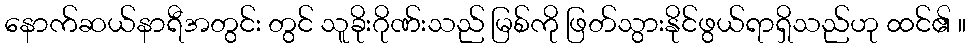
နောက်ဆယ်နာရီအတွင်း တွင် သူခိုးဂိုဏ်းသည် မြစ်ကို ဖြတ်သွားနိုင်ဖွယ်ရာရှိသည်ဟု ထင်၏ ။